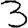
Digit: 3